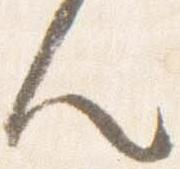
人